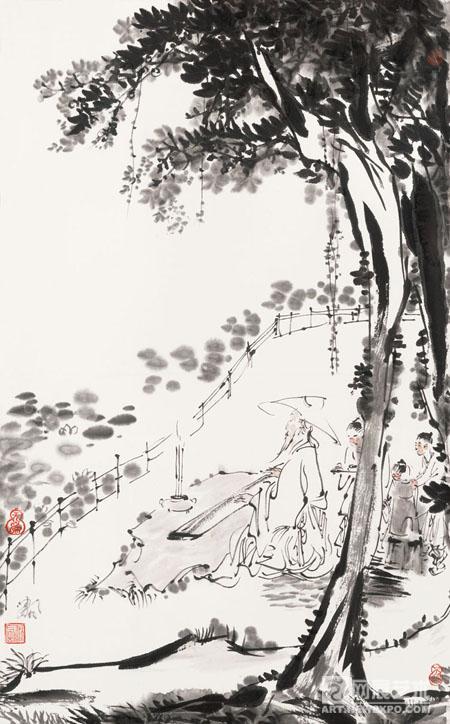
泠泠七弦上，静听松风寒。